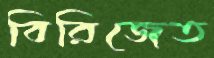
বিরিজেত